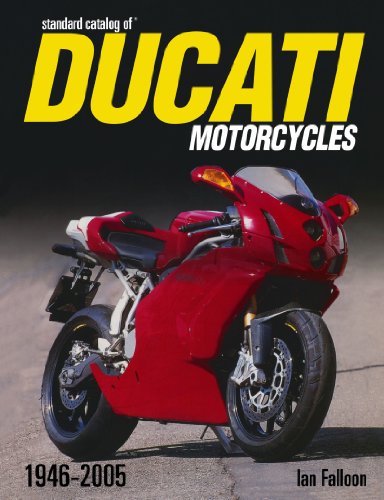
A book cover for Standard Catalog Of Ducati Motorcycles 1946-2005; Ian Falloon; Arts & Photography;